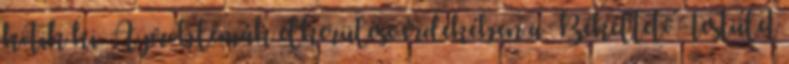
kötik ki. A problémák elkerülése érdekében a Békéltető Testület